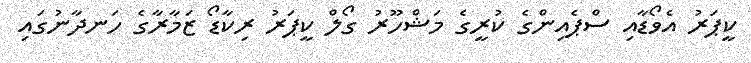
ކީޕަރު އެވޯޑާއި ސްޕެއިންގެ ކުރީގެ މަޝްހޫރު ގޯލް ކީޕަރު ރިކާޑޯ ޒަމާރާގެ ހަނދާނުގައި